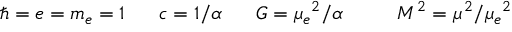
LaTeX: \hbar = e = m _ { e } = 1 ~ ~ ~ ~ ~ c = 1 / \alpha ~ ~ ~ ~ ~ G = \mu _ { e } { } ^ { 2 } / \alpha ~ ~ ~ ~ ~ ~ ~ ~ M ^ { 2 } = \mu ^ { 2 } / \mu _ { e } { } ^ { 2 }